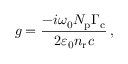
g = \frac { - i \omega _ { 0 } N _ { \mathrm { p } } \Gamma _ { \mathrm { c } } } { 2 \varepsilon _ { 0 } n _ { \mathrm { r } } c } \, ,